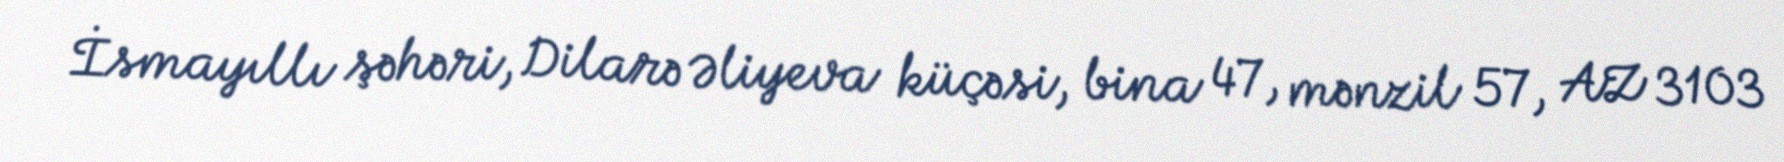
İsmayıllı şəhəri, Dilarə Əliyeva küçəsi, bina 47, mənzil 57, AZ 3103